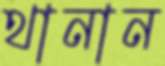
থানান